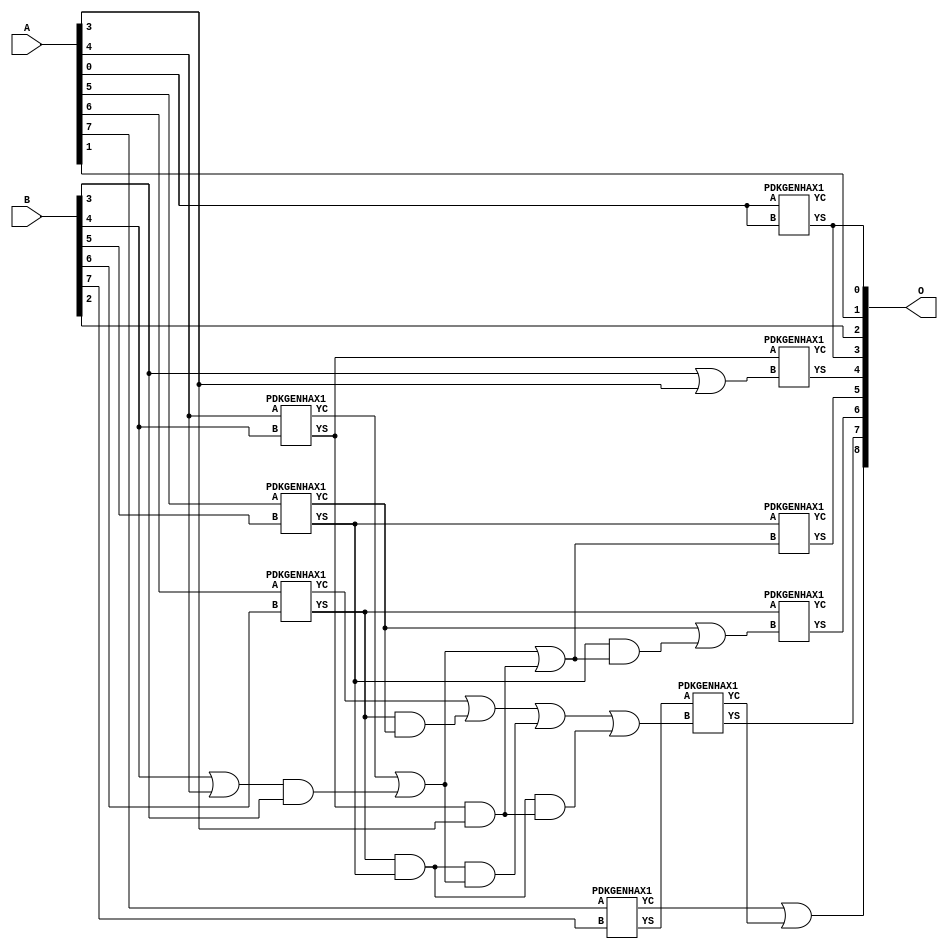
/***
* This code is a part of EvoApproxLib library (ehw.fit.vutbr.cz/approxlib) distributed under The MIT License.
* When used, please cite the following article(s): PRABAKARAN B. S., MRAZEK V., VASICEK Z., SEKANINA L., SHAFIQUE M. ApproxFPGAs: Embracing ASIC-based Approximate Arithmetic Components for FPGA-Based Systems. DAC 2020. 
***/
// MAE% = 0.78 %
// MAE = 4.0 
// WCE% = 1.56 %
// WCE = 8.0 
// WCRE% = 100.00 %
// EP% = 93.75 %
// MRE% = 2.18 %
// MSE = 22 
// FPGA_POWER = 0.3
// FPGA_DELAY = 6.8
// FPGA_LUT = 5.0

module add8u_4F0(A, B, O);
  input [7:0] A, B;
  output [8:0] O;
  wire n_413, n_412, n_233, n_232, n_192, n_163, n_23, n_22, n_21, n_20;
  wire n_27, n_26, n_25, n_24, n_262, n_29, n_28, n_49, n_48, n_263;
  wire n_402, n_83, n_82, n_382, n_282, n_283, n_143, n_142, n_193, n_222;
  wire n_323, n_322, n_223, n_38, n_102, n_403, n_183, n_182, n_8, n_9;
  wire n_343, n_342, n_4, n_5, n_6, n_7, n_0, n_1, n_2, n_3;
  wire n_30, n_31, n_162, n_242, n_18, n_19, n_16, n_17, n_14, n_15;
  wire n_12, n_13, n_10, n_11, n_172, n_393, n_92, n_93, n_152, n_72;
  wire n_73, n_422, n_332, n_392, n_383, n_243, n_103;
  assign n_0 = A[0];
  assign n_1 = A[0];
  assign n_2 = A[1];
  assign n_3 = A[1];
  assign n_4 = A[2];
  assign n_5 = A[2];
  assign n_6 = A[3];
  assign n_7 = A[3];
  assign n_8 = A[4];
  assign n_9 = A[4];
  assign n_10 = A[5];
  assign n_11 = A[5];
  assign n_12 = A[6];
  assign n_13 = A[6];
  assign n_14 = A[7];
  assign n_15 = A[7];
  assign n_16 = B[0];
  assign n_17 = B[0];
  assign n_18 = B[1];
  assign n_19 = B[1];
  assign n_20 = B[2];
  assign n_21 = B[2];
  assign n_22 = B[3];
  assign n_23 = B[3];
  assign n_24 = B[4];
  assign n_25 = B[4];
  assign n_26 = B[5];
  assign n_27 = B[5];
  assign n_28 = B[6];
  assign n_29 = B[6];
  assign n_30 = B[7];
  assign n_31 = B[7];
  assign n_38 = n_24 | n_8;
  PDKGENHAX1 tmp44(.YS(n_48), .YC(n_49), .A(n_0), .B(n_0));
  PDKGENHAX1 tmp45(.YS(n_72), .YC(n_73), .A(n_8), .B(n_24));
  PDKGENHAX1 tmp46(.YS(n_82), .YC(n_83), .A(n_10), .B(n_26));
  PDKGENHAX1 tmp47(.YS(n_92), .YC(n_93), .A(n_12), .B(n_28));
  PDKGENHAX1 tmp48(.YS(n_102), .YC(n_103), .A(n_14), .B(n_30));
  assign n_142 = n_38 & n_22;
  assign n_143 = n_142;
  assign n_152 = n_72 & n_6;
  assign n_162 = n_73 | n_143;
  assign n_163 = n_162;
  assign n_172 = n_92 & n_83;
  assign n_182 = n_92 & n_82;
  assign n_183 = n_182;
  assign n_192 = n_93 | n_172;
  assign n_193 = n_192;
  assign n_222 = n_182 & n_163;
  assign n_223 = n_222;
  assign n_232 = n_183 & n_152;
  assign n_233 = n_232;
  assign n_242 = n_193 | n_223;
  assign n_243 = n_242;
  assign n_262 = n_243 | n_233;
  assign n_263 = n_262;
  assign n_282 = n_162 | n_152;
  assign n_283 = n_282;
  assign n_322 = n_22 | n_6;
  assign n_323 = n_322;
  assign n_332 = n_82 & n_282;
  assign n_342 = n_83 | n_332;
  assign n_343 = n_342;
  PDKGENHAX1 tmp74(.YS(n_382), .YC(n_383), .A(n_72), .B(n_323));
  PDKGENHAX1 tmp75(.YS(n_392), .YC(n_393), .A(n_82), .B(n_283));
  PDKGENHAX1 tmp76(.YS(n_402), .YC(n_403), .A(n_92), .B(n_343));
  PDKGENHAX1 tmp77(.YS(n_412), .YC(n_413), .A(n_102), .B(n_263));
  assign n_422 = n_103 | n_413;
  assign O[0] = n_48;
  assign O[1] = n_2;
  assign O[2] = n_20;
  assign O[3] = n_48;
  assign O[4] = n_382;
  assign O[5] = n_392;
  assign O[6] = n_402;
  assign O[7] = n_412;
  assign O[8] = n_422;
endmodule

/* mod */
module PDKGENHAX1( input A, input B, output YS, output YC );
    assign YS = A ^ B;
    assign YC = A & B;
endmodule